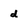
Character: d